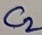
Text: C2